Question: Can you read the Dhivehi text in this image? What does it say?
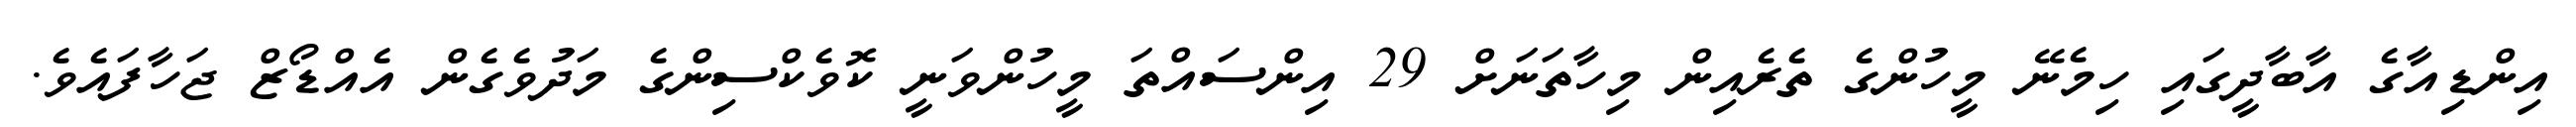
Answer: އިންޑިއާގެ އާބާދީގައި ހިމެނޭ މީހުންގެ ތެރެއިން މިހާތަނަށް 29 އިންސައްތަ މީހުންވަނީ ކޮވެކްސިންގެ މަދުވެގެން އެއްޑޯޒް ޖަހާފައެވެ.